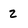
Character: 2